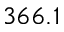
3 6 6 . 1